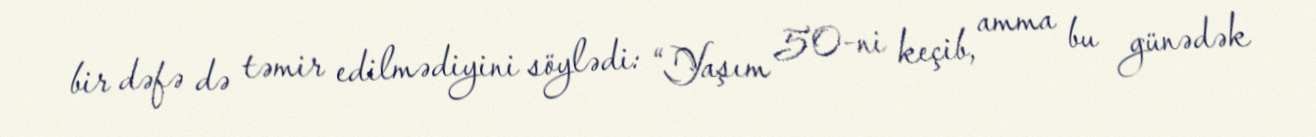
bir dəfə də təmir edilmədiyini söylədi: “Yaşım 50-ni keçib, amma bu günədək